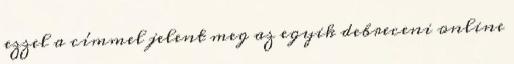
ezzel a címmel jelent meg az egyik debreceni online